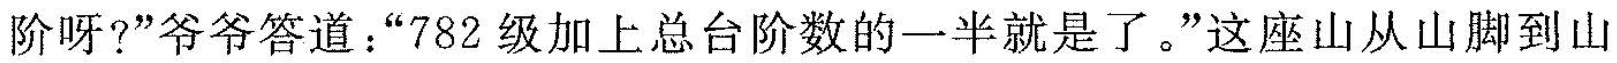
阶呀?”爷爷答道：”782级加上总台阶数的一半就是了。”这座山从山脚到山